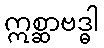
ဣစ္ဆာဗဒ္ဓါ